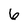
Character: 6